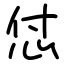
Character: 怤